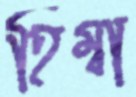
হিম্বা